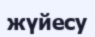
жүйесу